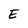
Character: E